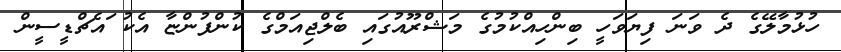
ހުޅުމާލޭގެ ދެ ވަނަ ފިޔަވަހީ ބިންހިއްކުމުގެ މަޝްރޫއުގައި ބެލްޖިއަމްގެ ކުންފުންޏާ އެކު ައެޗްޑީސީން